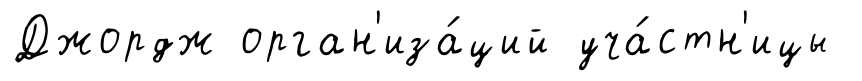
Джордж орган'иза́ций уча́стн'ицы